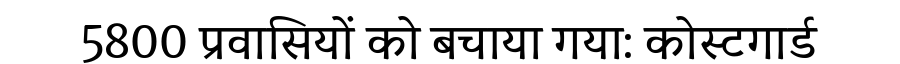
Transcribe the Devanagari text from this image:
5800 प्रवासियों को बचाया गया: कोस्टगार्ड